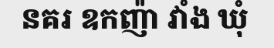
នគរ ឧកញ៉ា វាំង ឃុំ